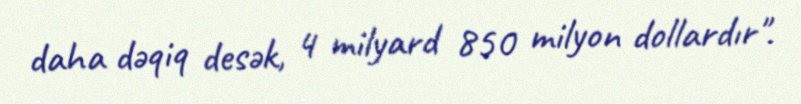
daha dəqiq desək, 4 milyard 850 milyon dollardır".